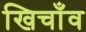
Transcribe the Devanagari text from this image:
खिचाँव